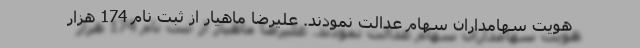
هویت سهامداران سهام عدالت نمودند. علیرضا ماهیار از ثبت نام 174 هزار